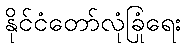
နိုင်ငံတော်လုံခြုံရေး